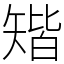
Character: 𥏪